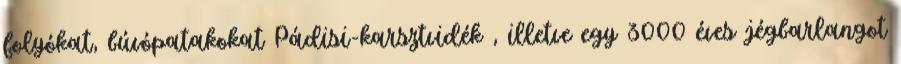
folyókat, búvópatakokat Pádisi-karsztvidék , illetve egy 3000 éves jégbarlangot